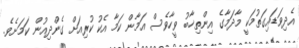
އެދިވަޑައިގަތުމަކީ މާދަމާގެ އިންތިޚާބު ވީހާވެސް އަމާން ކަމާ އެކު ކުރިއަށް ގެންދިއުން ކަމަށެވެ.